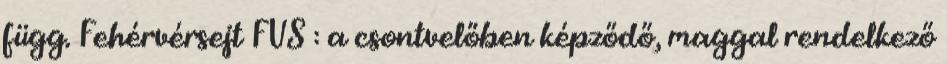
függ. Fehérvérsejt FVS : a csontvelőben képződő, maggal rendelkező